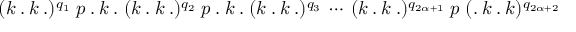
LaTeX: ( k \: . \: k \: . ) ^ { q _ { 1 } } \; p \: . \: k \: . \; ( k \: . \: k \: . ) ^ { q _ { 2 } } \; p \: . \: k \: . \; ( k \: . \: k \: . ) ^ { q _ { 3 } } \: \cdots \: ( k \: . \: k \: . ) ^ { q _ { 2 \alpha + 1 } } \; p \; ( . \: k \: . \: k ) ^ { q _ { 2 \alpha + 2 } }